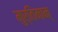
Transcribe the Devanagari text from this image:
मुर्तिमान्